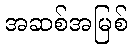
အဆစ်အမြစ်